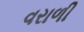
વરાળી